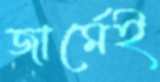
জার্মেই